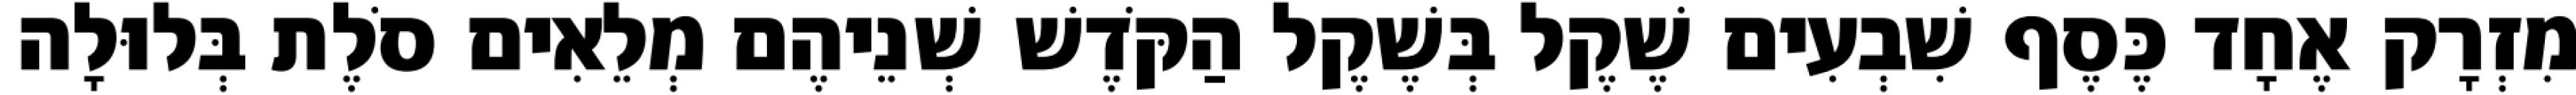
מִזְרָק אֶחָד כֶּסֶף שִׁבְעִים שֶׁקֶל בְּשֶׁקֶל הַקֹּדֶשׁ שְׁנֵיהֶם מְלֵאִים סֹלֶת בְּלוּלָה